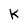
Character: K